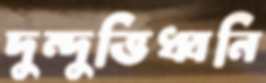
দুন্দুভিধ্বনি